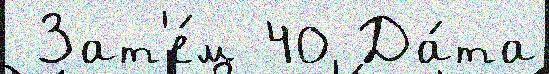
 Зат'е́м 40 Да́та